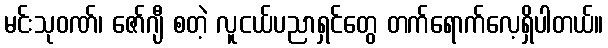
မင်းသုဝဏ်၊ ဇော်ဂျီ စတဲ့ လူငယ်ပညာရှင်တွေ တက်ရောက်လေ့ရှိပါတယ်။